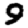
Digit: 9